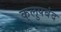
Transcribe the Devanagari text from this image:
कुलुपबंद